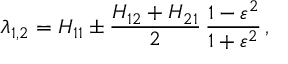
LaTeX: \lambda _ { 1 , 2 } = H _ { 1 1 } \pm \frac { H _ { 1 2 } + H _ { 2 1 } } { 2 } \, \frac { 1 - \varepsilon ^ { 2 } } { 1 + \varepsilon ^ { 2 } } \, ,